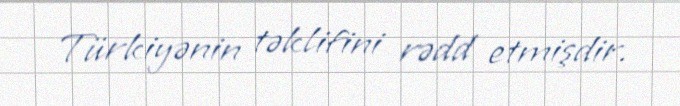
Türkiyənin təklifini rədd etmişdir.